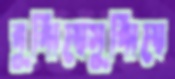
বুঝিয়েসুঝিয়ে